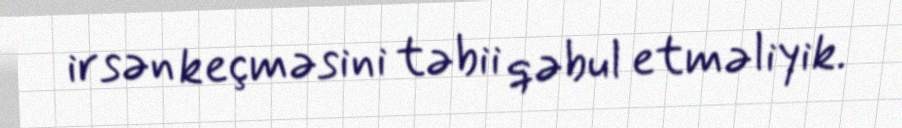
irsən keçməsini təbii qəbul etməliyik.